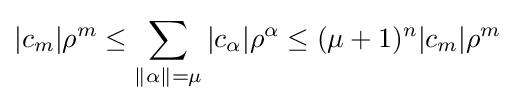
|c_{m}|\rho ^{m}\leq \sum _{\|\alpha \|=\mu }|c_{\alpha }|\rho ^{\alpha }\leq (\mu +1)^{n}|c_{m}|\rho ^{m}